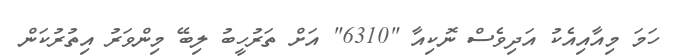
ހަމަ މިއާއިއެކު އަދިވެސް ނޮކިއާ "6310" އަށް ތަރުހީބު ލިބޭ މިންވަރު އިތުރުކަން